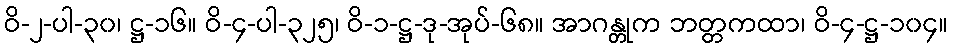
ဝိ-၂-ပါ-၃၀၊ ဋ္ဌ-၁၆။ ဝိ-၄-ပါ-၃၂၅၊ ဝိ-၁-ဋ္ဌ-ဒု-အုပ်-၆၈။ အာဂန္တုက ဘတ္တကထာ၊ ဝိ-၄-ဋ္ဌ-၁၀၄။